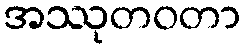
အဿုတဝတာ